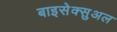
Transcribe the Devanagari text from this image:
बाइसेक्सुअल